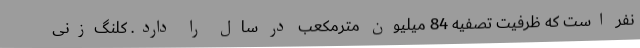
نفر است که ظرفیت تصفیه 84 میلیون مترمکعب در سال را دارد. کلنگ‌زنی